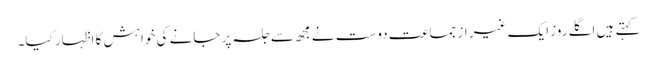
کہتے ہیں اگلے روز ایک غیر از جماعت دوست نے مجھ سے جلسہ پر جانے کی خواہش کا اظہار کیا۔